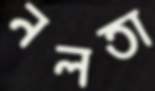
নলতা